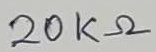
Text: 20KΩ